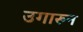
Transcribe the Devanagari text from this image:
उगारुन